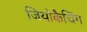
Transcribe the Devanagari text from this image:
जियोकैचिंग